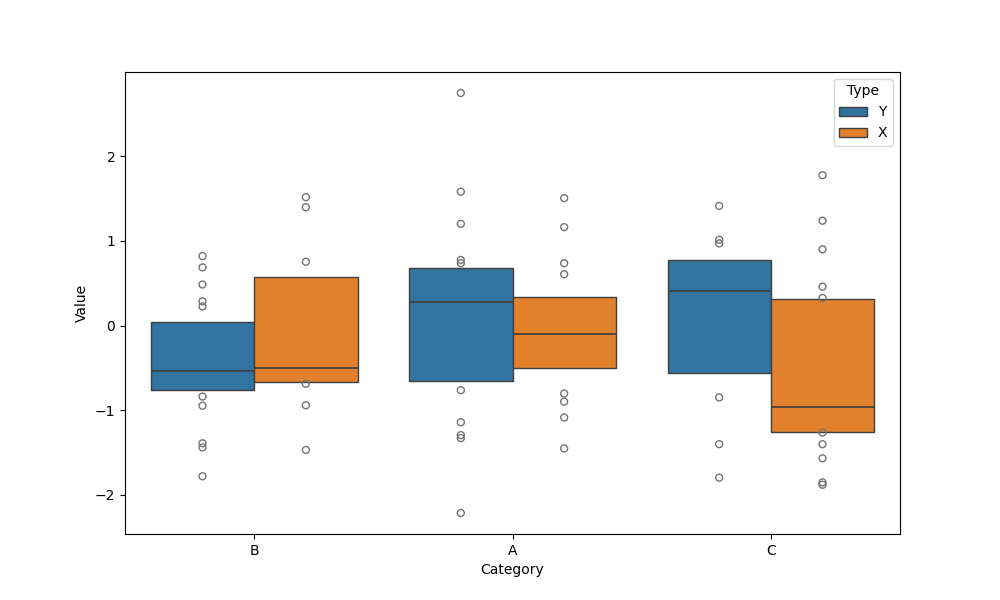
python, seaborn, boxenplot, k_depth='tukey', linewidth=1, scale='linear', outlier_prop=0.2, showfliers=True